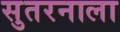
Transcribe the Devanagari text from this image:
सुतरनाला